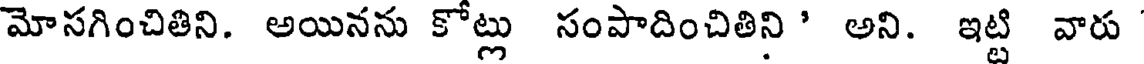
మోసగించితిని. అయినను కోట్లు సంపాదించితిని ' అని. ఇట్టి వారు